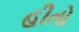
હીતો